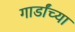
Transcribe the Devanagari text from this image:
गार्डांच्या